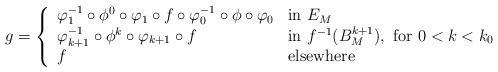
LaTeX: \begin{align*}g=\left\{\begin{array}{ll}\varphi_{1}^{-1}\circ\phi^{0}\circ\varphi_{1}\circ f\circ\varphi_{0}^{-1}\circ \phi\circ\varphi_{0} & \mbox{in} \ E_M\\\varphi_{k+1}^{-1}\circ\phi^{k}\circ \varphi_{k+1}\circ f & \mbox{in} \ f^{-1}(B_M^{k+1}), \ \mbox{for} \ 0<k<k_0\\f & \mbox{elsewhere}\end{array}\right.\end{align*}